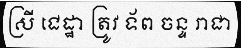
ស្រី ជេដ្ឋា ត្រូវ ទ័ព ចន្ទ រាជា